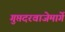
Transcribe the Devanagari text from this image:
गुप्तदरवाजेमार्गे